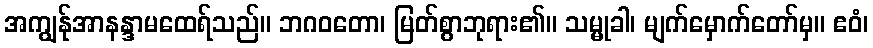
အကျွန်ုအာနန္ဒာမထေရ်သည်။ ဘဂဝတော၊ မြတ်စွာဘုရား၏။ သမ္မုခါ၊ မျက်မှောက်တော်မှ။ ဧဝံ၊